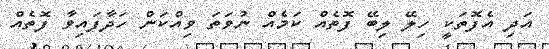
އަދި އެފޮތަކީ ހިލޭ ލިބޭ ފޮތެއް ކަމެއް ނުވަތަ ވިއްކަން ހަދާފައިވާ ފޮތެއް